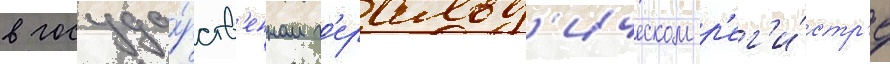
в госуда́рств'енном г'еральд'ическом р'ег'и́стр'е